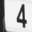
Digit: 4